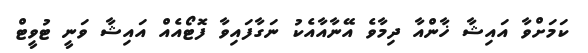
ކަމަށްވާ އައިޝާ ޚާންއާ ދިމާވެ އޭނާއާއެކު ނަގާފައިވާ ފޮޓޯއެއް އައިޝާ ވަނީ ޓުވީޓް